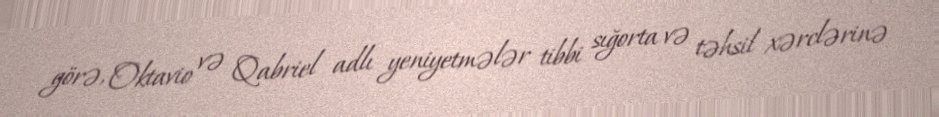
görə, Oktavio və Qabriel adlı yeniyetmələr tibbi sığorta və təhsil xərclərinə